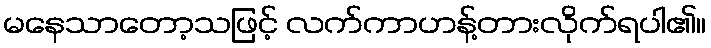
မနေသာတော့သဖြင့် လက်ကာဟန့်တားလိုက်ရပါ၏။